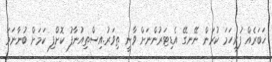
ޚަބަރެއް ފުރިހަމަ ކުރަން ނޭނގޭ އެޑިޓަރުންނަށް ވާނީ ތިވަރު.އިސްތިއުނާފު ކޮށްފި ކަމަށް ބުނާނަމަ